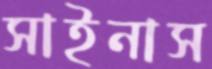
সাইনাস